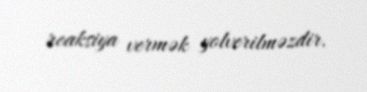
reaksiya vermək yolverilməzdir.